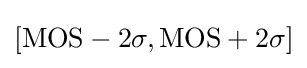
[{\text{MOS}}-2\sigma ,{\text{MOS}}+2\sigma ]